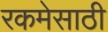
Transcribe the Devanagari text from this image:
रकमेसाठी